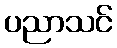
ပညာသင်